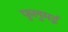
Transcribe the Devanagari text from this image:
फुलुमई